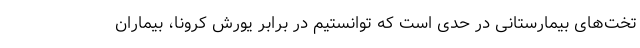
تخت‌های بیمارستانی در حدی است که توانستیم در برابر یورش کرونا، بیماران